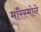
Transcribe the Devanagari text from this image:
मॉरेस्मोने